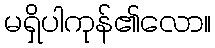
မရှိပါကုန်၏လော။